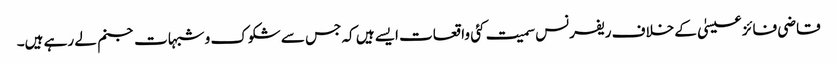
قاضی فائز عیسیٰ کے خلاف ریفرنس سمیت کئی واقعات ایسے ہیں کہ جس سے شکوک و شبہات جنم لے رہے ہیں۔